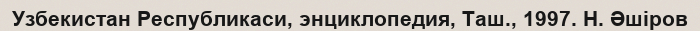
Узбекистан Республикаси, энциклопедия, Таш., 1997. Н. Әшіров